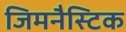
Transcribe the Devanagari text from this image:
जिमनैस्टिक